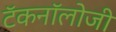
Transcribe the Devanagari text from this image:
टॅकनॉलोजी